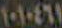
١٠١٠٤٦١